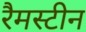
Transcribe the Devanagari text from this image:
रैमस्टीन